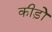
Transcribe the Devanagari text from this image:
कीड़ोे